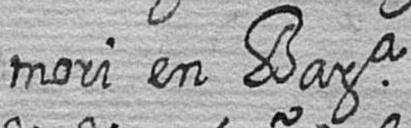
mori en Bara